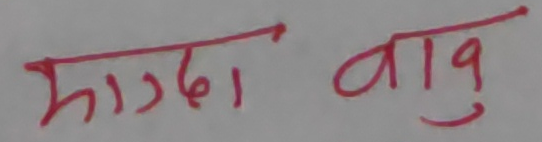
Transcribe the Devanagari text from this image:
भाग्दा वागु